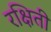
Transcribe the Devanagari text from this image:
रक्षिती